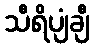
သီရိပျံချီ